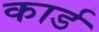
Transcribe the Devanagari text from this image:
कार्ड